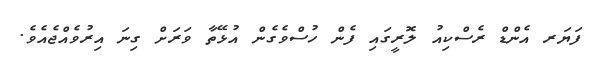
ފަޔަރ އެންޑް ރެސްކިއު ލޮރީގައި ފެން ހުސްވެގެން އުޅޭތާ ވަރަށް ގިނަ އިރުވެއްޖެއެވެ.